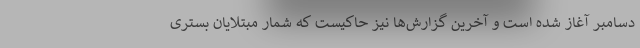
دسامبر آغاز شده است و آخرین گزارش‌ها نیز حاکیست که شمار مبتلایان بستری